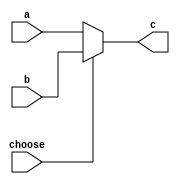
`timescale 1ns / 1ps

module mux_2(a,b,choose,c);
    input [31:0] a;
    input [31:0] b;
    input choose;
    output [31:0] c;
    
    reg [31:0]temp;
    assign c=temp;
    always @ (a or b or choose) begin
         if(choose==0) temp<=a;
         else temp<=b;
    end
    
endmodule